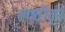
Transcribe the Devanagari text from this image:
संगतीतून